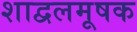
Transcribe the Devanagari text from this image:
शाद्वलमूषक